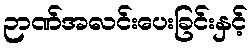
ဉာဏ်အလင်းပေးခြင်းနှင့်